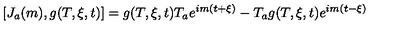
[ J _ { a } ( m ) , g ( T , \xi , t ) ] = g ( T , \xi , t ) T _ { a } e ^ { i m ( t + \xi ) } - T _ { a } g ( T , \xi , t ) e ^ { i m ( t - \xi ) }